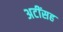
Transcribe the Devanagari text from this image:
अटींसह